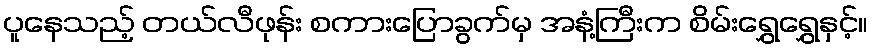
ပူနေသည့် တယ်လီဖုန်း စကားပြောခွက်မှ အနံ့ကြီးက စိမ်းရွှေရွှေနှင့်။